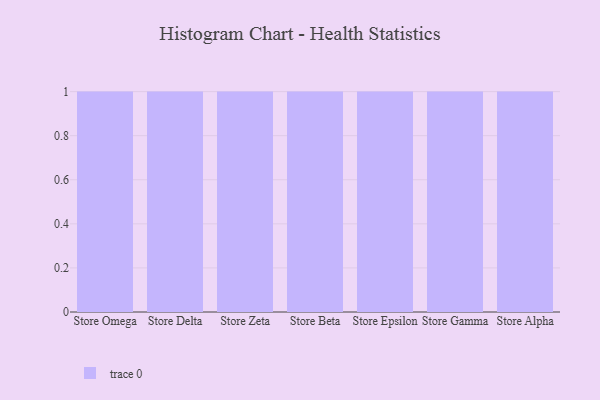
{"axis": {"x": "Store", "y": "Humidity (%)"}, "legend": [""], "data": [{"x": "Store Omega", "y": 3, "type": ""}, {"x": "Store Delta", "y": 99, "type": ""}, {"x": "Store Zeta", "y": 44, "type": ""}, {"x": "Store Beta", "y": 77, "type": ""}, {"x": "Store Epsilon", "y": 48, "type": ""}, {"x": "Store Gamma", "y": 30, "type": ""}, {"x": "Store Alpha", "y": 75, "type": ""}]}